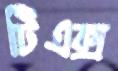
টিএক্স